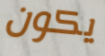
يكون